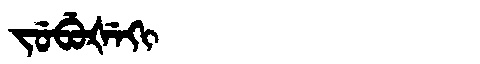
Manchu: ᠵᡠᠪᡠᡧᡝᡴᡳ
Romanization: JUBUŠEKI